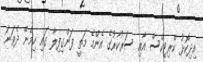
އިދިކޮޅު ކްރިޓިކްސް އާއި ސަރުކާރުގެ އެންމެ މަތީ ފަންގިފިލާ ގައި ހިމެނޭ ދެވަނަ